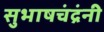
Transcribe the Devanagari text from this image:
सुभाषचंद्रंनी